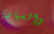
والسيارة